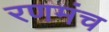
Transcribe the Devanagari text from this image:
रणमंच